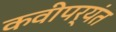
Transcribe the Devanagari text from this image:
कवीपर्यंत